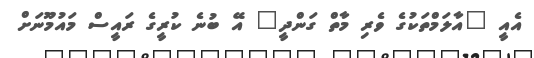
އެއީ "އާލަމްތަކުގެ ވެރި މާތް ގަންދީ" އޭ ބުނެ ކުރީގެ ރައީސް މައުމޫނަށް